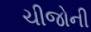
ચીજોની